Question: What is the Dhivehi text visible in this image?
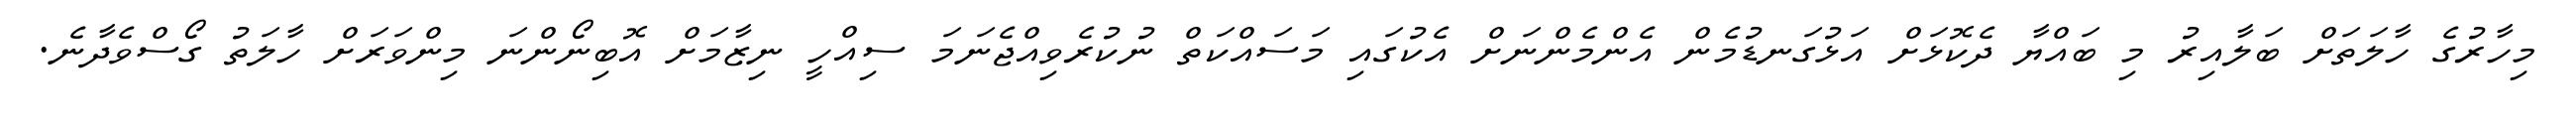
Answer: މިހާރުގެ ހާލަތަށް ބަލާއިރު މި ބައްޔާ ދެކޮޅަށް އަޅުގަނޑުމެން އެންމެންނަށް އެކުގައި މަސައްކަތް ނުކުރެވިއްޖެނަމަ ސިއްހީ ނިޒާމަށް އޮބިނޯންނަ މިންވަރަށް ހާލަތު ގޯސްވެދާނެ.